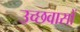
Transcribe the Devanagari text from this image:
उच्छवासों